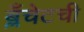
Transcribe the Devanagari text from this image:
ब्लँचेटची